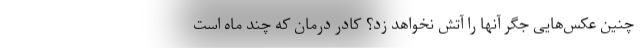
چنین عکس‌هایی جگر آنها را آتش نخواهد زد؟ کادر درمان که چند ماه است